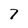
Character: 7